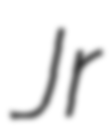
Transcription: Jr